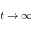
t \rightarrow \infty